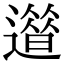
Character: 𨗀